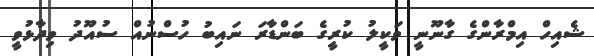
ޝެއިހް އިމްރާންގެ ގާނޫނީ ވަކީލު ކުރީގެ ބަންޑާރަ ނައިބު ހުސްނުއް ސުއޫދު ވިދާޅުވީ